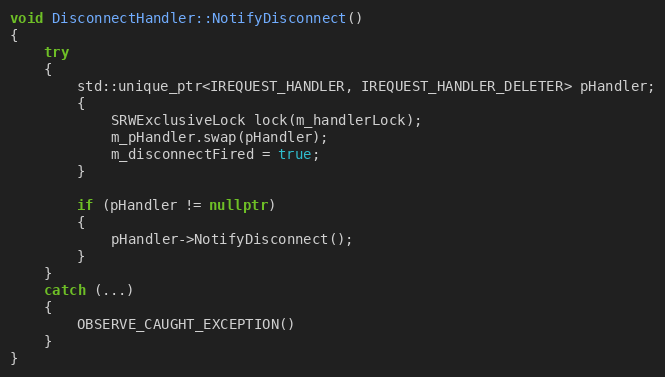
Language: C++
void DisconnectHandler::NotifyDisconnect()
{
    try
    {
        std::unique_ptr<IREQUEST_HANDLER, IREQUEST_HANDLER_DELETER> pHandler;
        {
            SRWExclusiveLock lock(m_handlerLock);
            m_pHandler.swap(pHandler);
            m_disconnectFired = true;
        }

        if (pHandler != nullptr)
        {
            pHandler->NotifyDisconnect();
        }
    }
    catch (...)
    {
        OBSERVE_CAUGHT_EXCEPTION()
    }
}